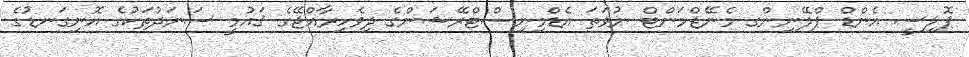
ޕޮލިސީ އެންޑް ޕްލޭނިންގ މެނޭޖްމަންޓް ނުވަތަ އެޑްމިނިސްޓްރޭޝަންގެ ދިވެހިރާއްޖޭގެ ޤައުމީ ސަނަދުތަކުގެ އޮނިގަނޑުގެ